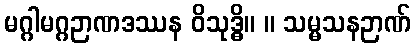
မဂ္ဂါမဂ္ဂဉာဏဒဿန ဝိသုဒ္ဓိ။ ။ သမ္မသနဉာဏ်